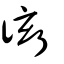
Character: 衒